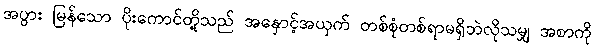
အပွား မြန်သော ပိုးကောင်တို့သည် အနှောင့်အယှက် တစ်စုံတစ်ရာမရှိဘဲလိုသမျှ အစာကို